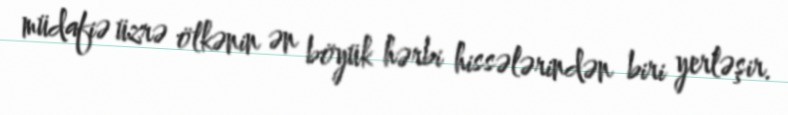
müdafiə üzrə ölkənin ən böyük hərbi hissələrindən biri yerləşir.